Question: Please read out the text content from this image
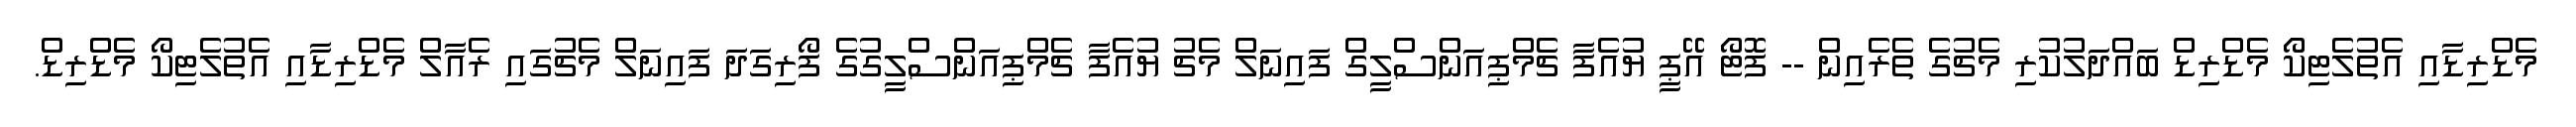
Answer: މެޑްރިޑާއި އެތުލެޓިކޯ މެޑްރިޑް ބައްދަލުކުރި މެޗުގެ ތެރެއިން -- ފޮޓޯ އޭޕީ ޔުއެފާ ޗެމްޕިއަންސްލީގް ފައިނަލް މެޗު ޔުއެފާ ޗެމްޕިއަންސްލީގުގެ ފޯރިގަދަ ފައިނަލް މެޗުގައި ރެއާލް މެޑްރިޑާއި އެތުލެޓިކޯ މެޑްރިޑް.